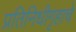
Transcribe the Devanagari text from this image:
प्रतिनिधीगृहाचे